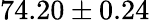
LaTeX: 74.20\pm 0.24